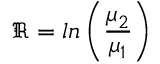
\mathfrak { R } = l n \left( \frac { \mu _ { 2 } } { \mu _ { 1 } } \right)